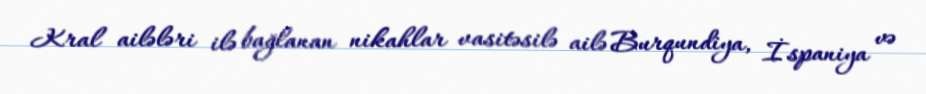
Kral ailələri ilə bağlanan nikahlar vasitəsilə ailə Burqundiya, İspaniya və